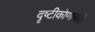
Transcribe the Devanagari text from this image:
दृष्टीकोणाचाही